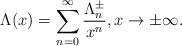
LaTeX: \begin{align*} \Lambda(x) = \sum\limits_{n=0}^{\infty} \frac{\Lambda^{\pm}_n}{x^{n}}, x\to \pm\infty. \end{align*}